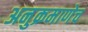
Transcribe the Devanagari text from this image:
अनुक्रमाणेच